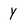
Character: y